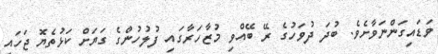
ވަޑައިގަންނަވާށެވެ. ބުދަ ދުވަހުގެ ރޭ ބޭއްވި މުޒާހަރާގައި ފުލުހުންގެ ގަޔަށް ކަޅުތެޔޮ ޖަހައި